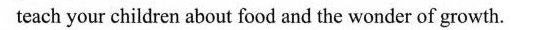
teach your children about food and the wonder of growth.